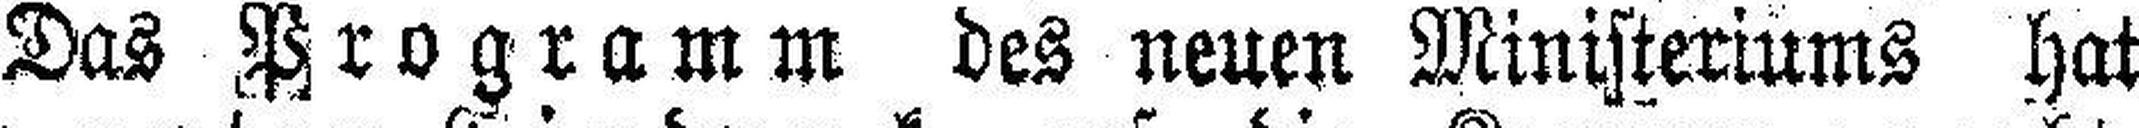
Das Programm des neuen Ministeriums hat